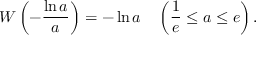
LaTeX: W \left( - { \frac { \ln a } { a } } \right) = - \ln a \quad \left( { \frac { 1 } { e } } \leq a \leq e \right) .